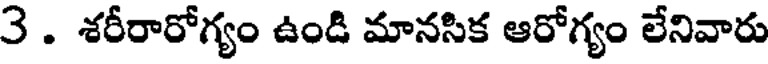
3 . శరీరారోగ్యం ఉండి మానసిక ఆరోగ్యం లేనివారు